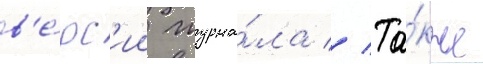
в'е́рс'ии журна́ла // Та́кже